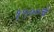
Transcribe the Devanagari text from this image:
१५००चे